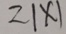
2 \vert x \vert